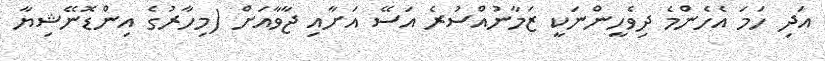
އަދި ހަމަ އެހެންމެ ދިވެހީންނަކީ ޒަމާނުއްސުރެ އަސޭ އަށާއި ޖާވާއަށް (މިހާރުގެ އިންޑޮނޭޝިޔާ